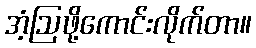
အံ့ဩဖို့ကောင်းလိုက်တာ။